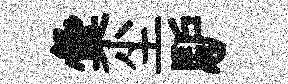
彙尘馿